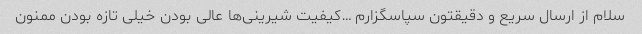
سلام از ارسال سریع و دقیقتون سپاسگزارم …کیفیت شیرینی‌ها عالی بودن خیلی تازه بودن ممنون